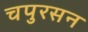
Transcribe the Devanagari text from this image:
चपुरसन